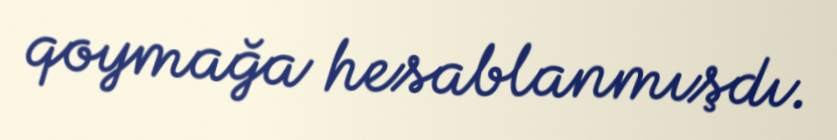
qoymağa hesablanmışdı.